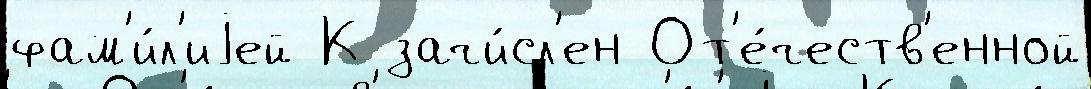
фам'и́л'иjей К зачи́сл'ен От'е́честв'енной